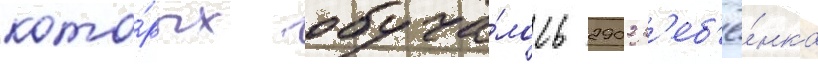
кото́рых обуча́лось 2902 р'еб'ё́нка